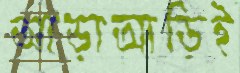
আড়াআড়িই